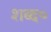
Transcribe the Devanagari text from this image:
शब्द०